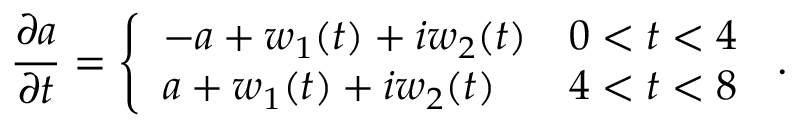
\frac { \partial a } { \partial t } = \left\{ \begin{array} { l l } { - a + w _ { 1 } ( t ) + i w _ { 2 } ( t ) } & { 0 < t < 4 } \\ { a + w _ { 1 } ( t ) + i w _ { 2 } ( t ) } & { 4 < t < 8 } \end{array} \right. \, .